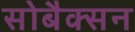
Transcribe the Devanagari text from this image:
सोबैक्सन